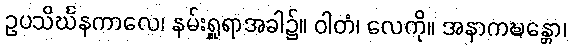
ဥပသိင်္ဃနကာလေ၊ နမ်းရှူရာအခါ၌။ ဝါတံ၊ လေကို။ အနာကဍ္ဎန္တော၊